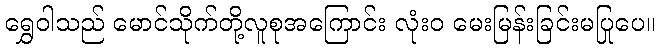
ရွှေဝါသည် မောင်သိုက်တို့လူစုအကြောင်း လုံးဝ မေးမြန်းခြင်းမပြုပေ။